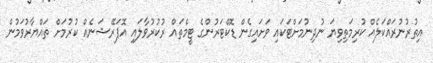
އިތުރުނުރައްކަލެއް ކުރިމަތިވިޔަ ނުދިނުމަށްޓަކައި ވަށައިގެން ޑޮކްޓަރުންގެ ޓީމްތައް ރުކުރުވާލައި އޮޕަރޭޝަނެއް ކުރުމަށް ތައްޔާރުވަމުން